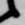
候